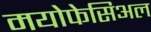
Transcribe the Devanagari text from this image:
मयोफेसिअल